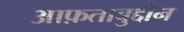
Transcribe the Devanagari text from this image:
आफ़ताबुद्दीन